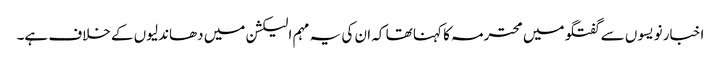
اخبار نویسوں سے گفتگو میں محترمہ کا کہنا تھا کہ ان کی یہ مہم الیکشن میں دھاندلیوں کے خلاف ہے۔